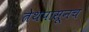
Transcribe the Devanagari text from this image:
तेथपासूनच